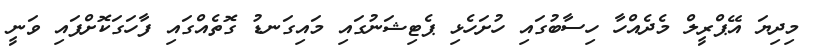
މިދިޔަ އޭޕްރީލް މެދެއްހާ ހިސާބުގައި ހުށަހެޅި ޕެޓިޝަނުގައި މައިގަނޑު ގޮތެއްގައި ފާހަގަކޮށްފައި ވަނީ